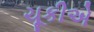
ચૂકીએ